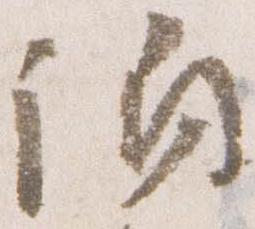
誦